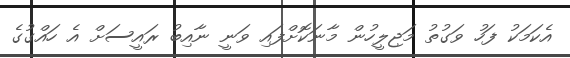
އެކަމަކު ފަހު ވަގުތު މަޖިލީހުން މާނަކޮށްފައި ވަނީ ނާއިބު ރައީސަށް އެ ހައްގުގެ